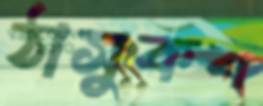
ঠাসুকব